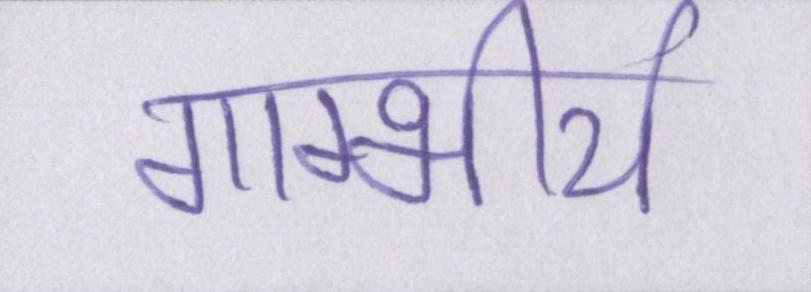
गाम्भीर्य